Assam Mental Hospital (Tezpur, India) - 1933-1948
Year: 1933
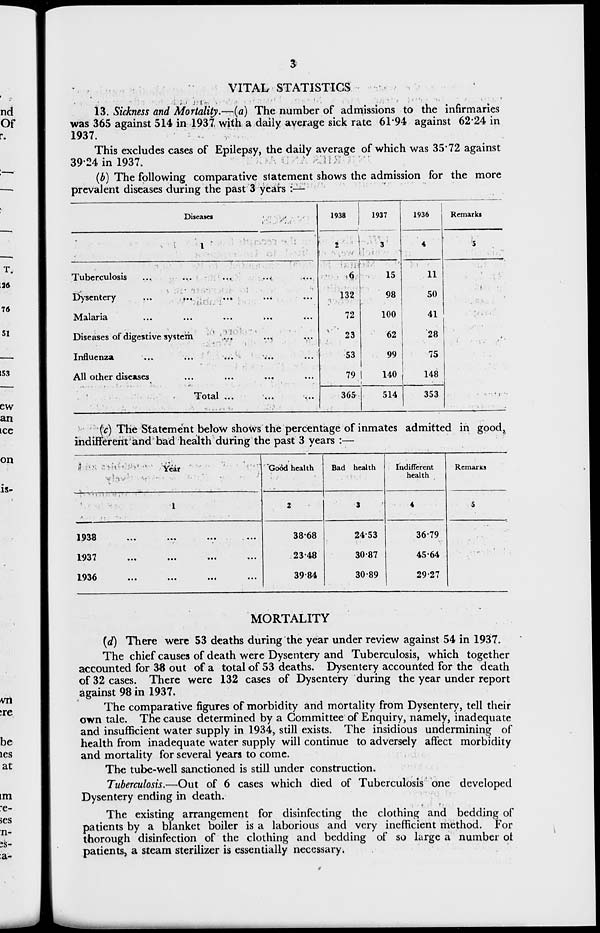
3
VITAL STATISTICS
13. Sickness and Mortality.—(a) The number of admissions to the infirmaries
was 365 against 514 in 1937 with a daily average sick rate 61.94 against 62.24 in
1937.
This excludes cases of Epilepsy, the daily average of which was 35.72 against
39.24 in 1937.
(b) The following comparative statement shows the admission for the more
prevalent diseases during the past 3 years :—
Diseases
1
Tuberculosis ... ... ... ... ...
Dysentery
...
...
...
...
...
Malaria ... ... ... ... ...
Diseases of digestive system ... ... ...
Influenza
...
...
...
...
...
All other diseases ... ... ... ...
Total ... ... ...
1938
2
6
132
72
23
53
79
365
1937
3
15
98
100
62
99
140
514
1936
4
11
50
41
28
75
148
353
Remarks
5
(c) The Statement below shows the percentage of inmates admitted in good,
indifferent and bad health during the past 3 years :—
Year
1
1938
... ... ... ...
1937
...
...
...
...
1936
...
...
...
...
Good health
2
38.68
23.48
39.84
Bad health
3
24.53
30.87
30.89
Indifferent
health
4
36.79
45.64
29.27
Remarks
5
MORTALITY
(d) There were 53 deaths during the year under review against 54 in 1937.
The chief causes of death were Dysentery and Tuberculosis, which together
accounted for 38 out of a total of 53 deaths. Dysentery accounted for the death
of 32 cases. There were 132 cases of Dysentery during the year under report
against 98 in 1937.
The comparative figures of morbidity and mortality from Dysentery, tell their
own tale. The cause determined by a Committee of Enquiry, namely, inadequate
and insufficient water supply in 1934, still exists. The insidious undermining of
health from inadequate water supply will continue to adversely affect morbidity
and mortality for several years to come.
The tube-well sanctioned is still under construction.
Tuberculosis.—Out of 6 cases which died of Tuberculosis one developed
Dysentery ending in death.
The existing arrangement for disinfecting the clothing and bedding of
patients by a blanket boiler is a laborious and very inefficient method. For
thorough disinfection of the clothing and bedding of so large a number of
patients, a steam sterilizer is essentially necessary.